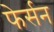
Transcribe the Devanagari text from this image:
फेर्सन